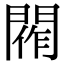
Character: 𨴰